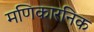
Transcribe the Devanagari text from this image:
मणिकारनिक